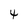
Character: 4